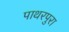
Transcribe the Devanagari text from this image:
पाथरपुरा